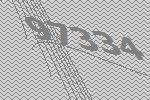
97334